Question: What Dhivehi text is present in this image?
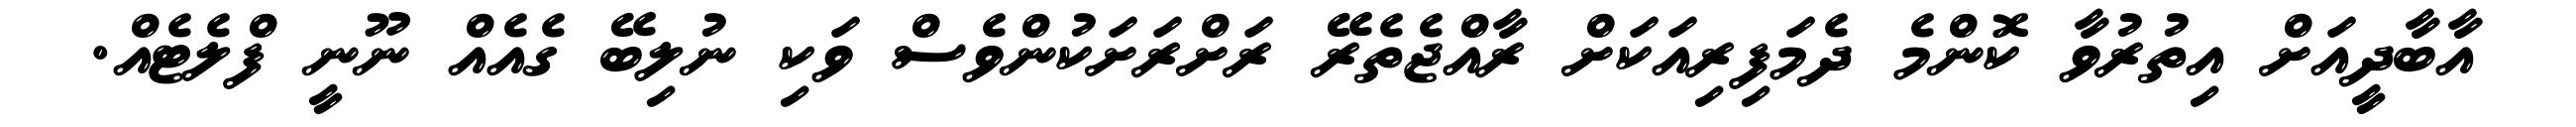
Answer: އާބާދީއަށް އިތުރުވާ ކޮންމެ ދެމަފިރިއަކަށް ރާއްޖެތެރޭ ރަށްރަށަކުންވެސް ވަކި ނުލިބޭ ގެއެއް ނޫނީ ފްލެޓެއް.